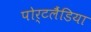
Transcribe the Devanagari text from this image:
पोर्टलैंडिया